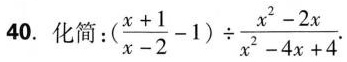
40.化简：$$( \frac { x + 1 } { x - 2 } - 1 ) \div \frac { x ^ { 2 } - 2 x } { x ^ { 2 } - 4 x + 4 }$$ .